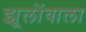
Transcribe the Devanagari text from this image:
झूलोंवाला